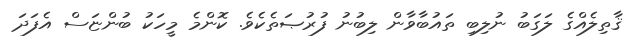
ޤާތިލެއްގެ ލަގަބު ނުލިބި ތައުބާވާން ލިބުނު ފުރުޞަތެކެވެ. ކޮންމެ މީހަކު ބުންޏަސް އެފަދަ